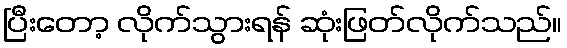
ပြီးတော့ လိုက်သွားရန် ဆုံးဖြတ်လိုက်သည်။